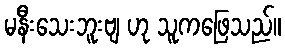
မနီးသေးဘူးဗျ ဟု သူကဖြေသည်။